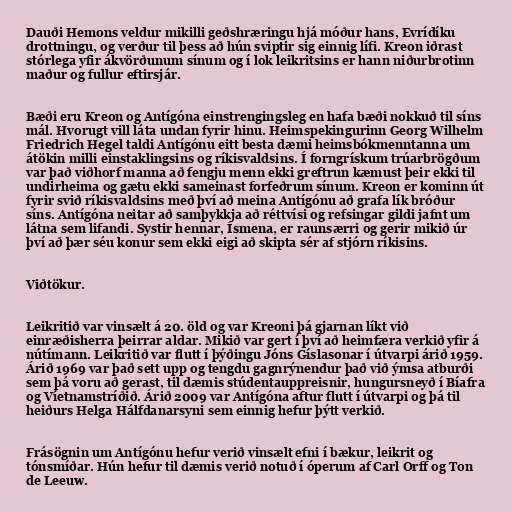
Dauði Hemons veldur mikilli geðshræringu hjá móður hans, Evrídíku
drottningu, og verður til þess að hún sviptir sig einnig lífi. Kreon iðrast
stórlega yfir ákvörðunum sínum og í lok leikritsins er hann niðurbrotinn
maður og fullur eftirsjár.

Bæði eru Kreon og Antígóna einstrengingsleg en hafa bæði nokkuð til síns
mál. Hvorugt vill láta undan fyrir hinu. Heimspekingurinn Georg Wilhelm
Friedrich Hegel taldi Antígónu eitt besta dæmi heimsbókmenntanna um
átökin milli einstaklingsins og ríkisvaldsins. Í forngrískum trúarbrögðum
var það viðhorf manna að fengju menn ekki greftrun kæmust þeir ekki til
undirheima og gætu ekki sameinast forfeðrum sínum. Kreon er kominn út
fyrir svið ríkisvaldsins með því að meina Antígónu að grafa lík bróður
síns. Antígóna neitar að samþykkja að réttvísi og refsingar gildi jafnt um
látna sem lifandi. Systir hennar, Ísmena, er raunsærri og gerir mikið úr
því að þær séu konur sem ekki eigi að skipta sér af stjórn ríkisins.

Viðtökur.

Leikritið var vinsælt á 20. öld og var Kreoni þá gjarnan líkt við
einræðisherra þeirrar aldar. Mikið var gert í því að heimfæra verkið yfir á
nútímann. Leikritið var flutt í þýðingu Jóns Gíslasonar í útvarpi árið 1959.
Árið 1969 var það sett upp og tengdu gagnrýnendur það við ýmsa atburði
sem þá voru að gerast, til dæmis stúdentauppreisnir, hungursneyð í Bíafra
og Víetnamstríðið. Árið 2009 var Antígóna aftur flutt í útvarpi og þá til
heiðurs Helga Hálfdanarsyni sem einnig hefur þýtt verkið.

Frásögnin um Antígónu hefur verið vinsælt efni í bækur, leikrit og
tónsmíðar. Hún hefur til dæmis verið notuð í óperum af Carl Orff og Ton
de Leeuw.